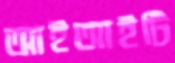
আইআইটি